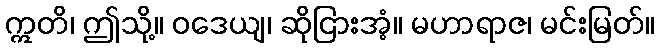
ဣတိ၊ ဤသို့။ ဝဒေယျ၊ ဆိုငြားအံ့။ မဟာရာဇ၊ မင်းမြတ်။